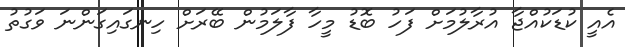
އެއީ ކުޑަކުއްޖާ އުރާލުމަށް ފަހު ބޮޑު މީހާ ފާލަމުން ބޭރަށް ހިނގައިގަންނަ ވަގުތު